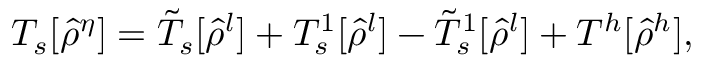
T _ { s } [ \hat { \rho } ^ { \eta } ] = \tilde { T } _ { s } [ \hat { \rho } ^ { l } ] + T _ { s } ^ { 1 } [ \hat { \rho } ^ { l } ] - \tilde { T } _ { s } ^ { 1 } [ \hat { \rho } ^ { l } ] + T ^ { h } [ \hat { \rho } ^ { h } ] ,